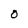
Character: O